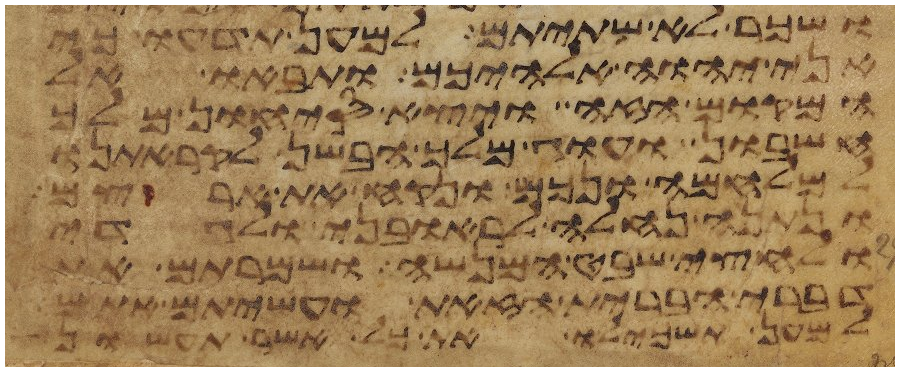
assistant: ושכר לא שתיתם למען תדעו כי
אני יהוה אלהיכם ותבאו אל
המקום הזה ויצא סיחון מלך
חשבון ועוג מלך הבשן לקראתנו
למלחמה ונכם ונקח את ארצם
ונתנה נחלה לראובני ולגדי
ולחצי שבט המנשה ושמרתם את
דברי הברית הזאת ועשיתם אתם
למען תשכילו את כל אשר תעשון